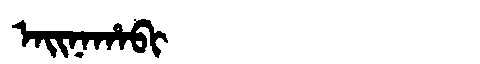
Manchu: ᠠᡳᠨᠠᡥᠠᠪᡳ
Romanization: AINAHABI